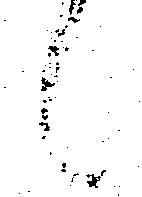
々